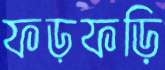
ফড়ফড়ি